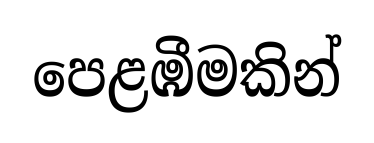
පෙළඹීමකින්